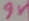
Text: 9V